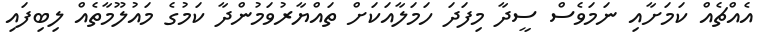
އެއްޗެއް ކަމަށާއި ނަމަވެސް ސީދާ މިފަދަ ހަމަލާއަކަށް ތައްޔާރުވަމުންދާ ކަމުގެ މައުލޫމާތެއް ލިބިފައި